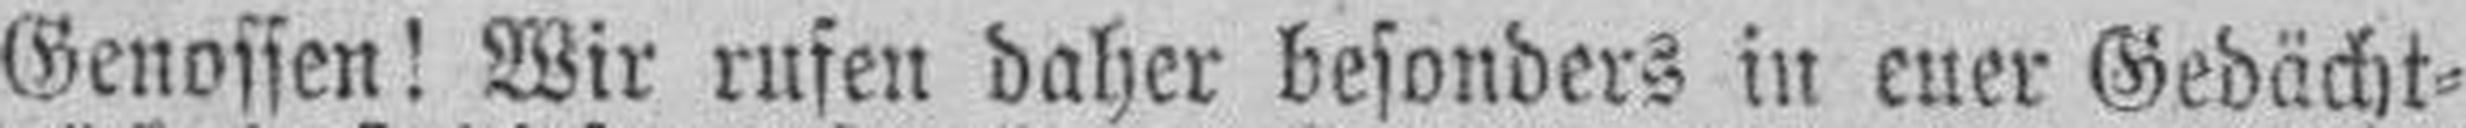
Genossen! Wir rufen daher besonders in euer Gedächt¬